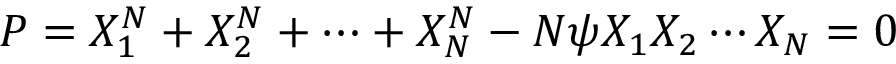
P = X _ { 1 } ^ { N } + X _ { 2 } ^ { N } + \cdots + X _ { N } ^ { N } - N \psi X _ { 1 } X _ { 2 } \cdots X _ { N } = 0